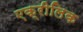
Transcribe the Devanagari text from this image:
एक्रीलिक